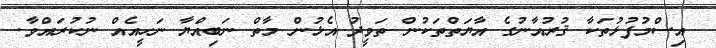
އިސްމުފުޅުތަކާ ޤުރުއާނުގެ އާޔަތްތަކުން ތަވީދު އެޅުން މާތް ނަބިއްޔާ ނަހީއެއް ނުކުރައްވާ.